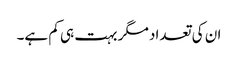
ان کی تعداد مگر بہت ہی کم ہے۔